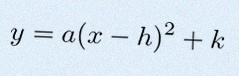
y=a(x-h)^2+k